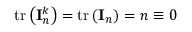
\operatorname { t r } \left( \mathbf { I } _ { n } ^ { k } \right) = \operatorname { t r } \left( \mathbf { I } _ { n } \right) = n \equiv 0